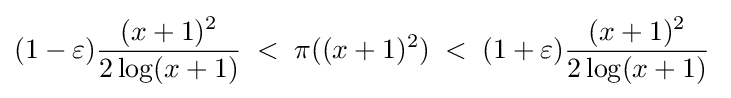
(1-\varepsilon ){\frac {(x+1)^{2}}{2\log(x+1)}}\;<\;\pi ((x+1)^{2})\;<\;(1+\varepsilon ){\frac {(x+1)^{2}}{2\log(x+1)}}\;